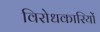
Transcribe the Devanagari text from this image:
विरोधकारियों